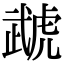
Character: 虣